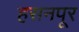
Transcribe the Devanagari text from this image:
हसनपूर